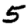
Digit: 5